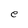
Character: e